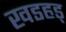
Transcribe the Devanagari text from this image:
खडहड्